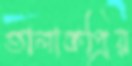
তালাকপ্রিয়